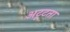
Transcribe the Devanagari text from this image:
अटूटता